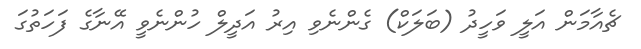
ޗެއާމަން އަލީ ވަހީދު (ބަލަކް) ގެންނެވި އިރު އަދީލް ހުންނެވީ އޭނާގެ ފަހަތުގަ